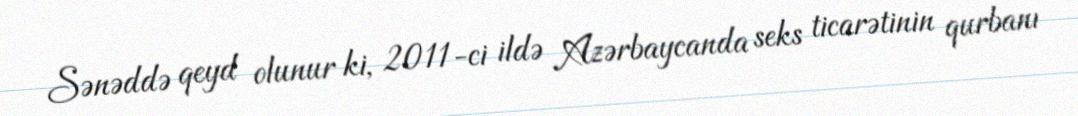
Sənəddə qeyd olunur ki, 2011-ci ildə Azərbaycanda seks ticarətinin qurbanı